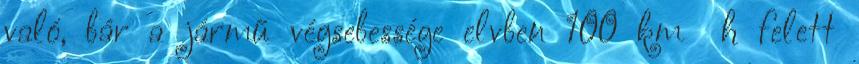
való, bár a jármű végsebessége elvben 100 km h felett